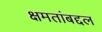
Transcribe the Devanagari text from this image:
क्षमतांबद्दल